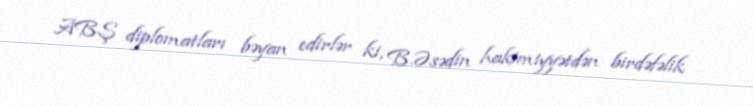
ABŞ diplomatları bəyan edirlər ki, B.Əsədin hakimiyyətdən birdəfəlik